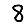
Digit: 8